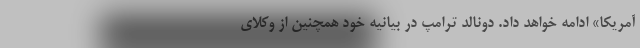
آمریکا» ادامه خواهد داد. دونالد ترامپ در بیانیه خود همچنین از وکلای